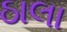
ઠાલા